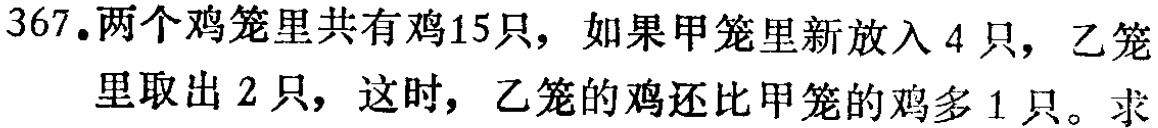
367.两个鸡笼里共有鸡15只，如果甲笼里新放入4只，乙笼里取出2只，这时，乙笼的鸡还比甲笼的鸡多1只。求